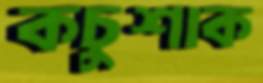
কচুশাক